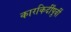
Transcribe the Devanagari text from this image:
कारकिर्दींपूर्वी